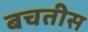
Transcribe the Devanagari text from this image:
बचतीस